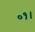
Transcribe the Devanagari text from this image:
०१।